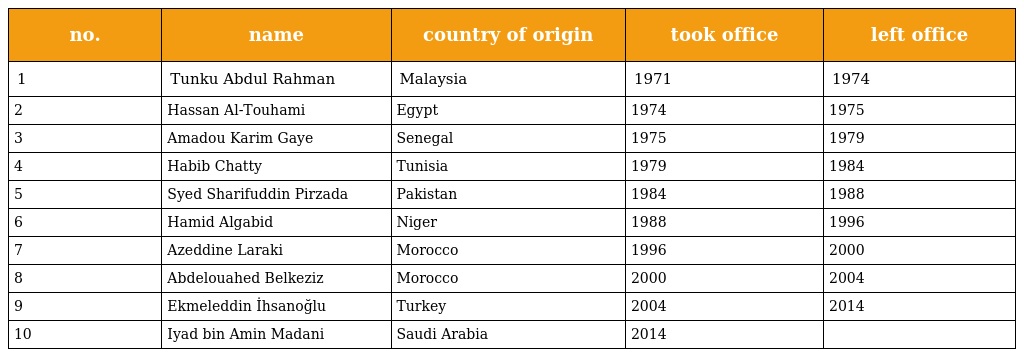
| no. | name | country of origin | took office | left office |
 | --- | --- | --- | --- | --- |
 | 1 | Tunku Abdul Rahman | Malaysia | 1971 | 1974 |
 | 2 | Hassan Al-Touhami | Egypt | 1974 | 1975 |
 | 3 | Amadou Karim Gaye | Senegal | 1975 | 1979 |
 | 4 | Habib Chatty | Tunisia | 1979 | 1984 |
 | 5 | Syed Sharifuddin Pirzada | Pakistan | 1984 | 1988 |
 | 6 | Hamid Algabid | Niger | 1988 | 1996 |
 | 7 | Azeddine Laraki | Morocco | 1996 | 2000 |
 | 8 | Abdelouahed Belkeziz | Morocco | 2000 | 2004 |
 | 9 | Ekmeleddin İhsanoğlu | Turkey | 2004 | 2014 |
 | 10 | Iyad bin Amin Madani | Saudi Arabia | 2014 |  |